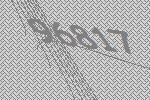
96817